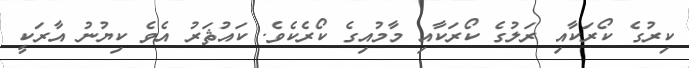
ކިރުގެ ކޯރަކާއި ރަލުގެ ކޯރަކާއި މާމުއިގެ ކޯރެކެވެ. ކައުޘަރު އެވެ ކިޔުނު އާރަކީ